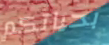
بحياتكم